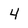
Character: 4